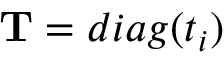
\mathbf { T } = d i a g ( t _ { i } )